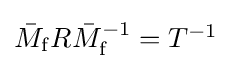
\textstyle {\bar {M}}_{\mathrm {f} }R{\bar {M}}_{\mathrm {f} }^{-1}=T^{-1}